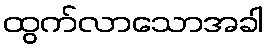
ထွက်လာသောအခါ